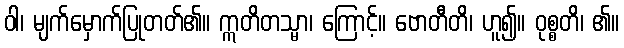
ဝါ၊ မျက်မှောက်ပြုတတ်၏။ ဣတိတသ္မာ၊ ကြောင့်။ ဗောတီတိ၊ ဟူ၍။ ဝုစ္စတိ၊ ၏။